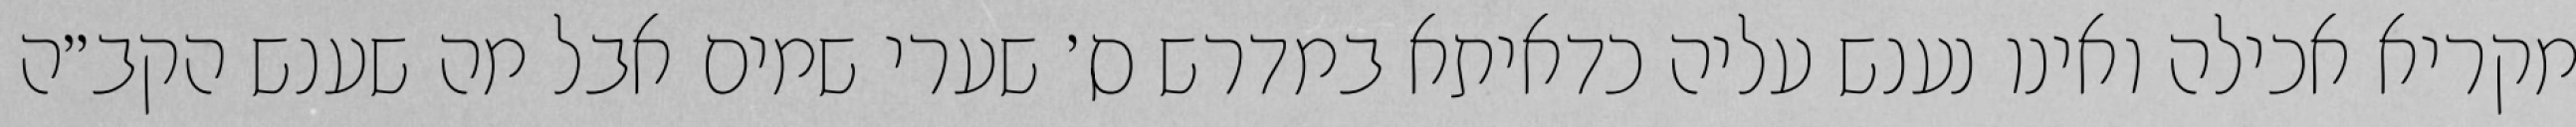
מקריא אכילה ואינו נענש עליה כדאיתא במדרש ס׳ שערי שמים אבל מה שענש הקב״ה